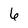
Character: 6